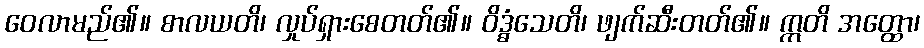
ဝေလာမည်၏။ စာလယတိ၊ လှုပ်ရှားစေတတ်၏။ ဝိဒ္ဓံသေတိ၊ ဖျက်ဆီးတတ်၏။ ဣတိ အတ္ထော၊